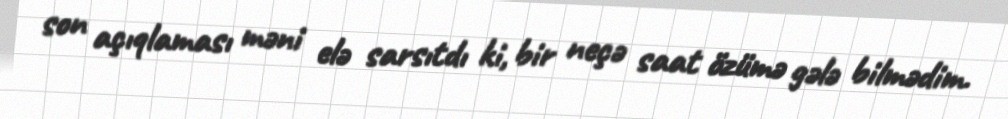
son açıqlaması məni elə sarsıtdı ki, bir neçə saat özümə gələ bilmədim.